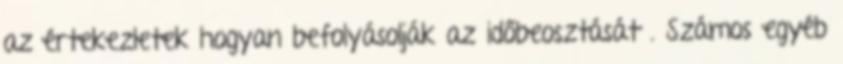
az értekezletek hogyan befolyásolják az időbeosztását . Számos egyéb